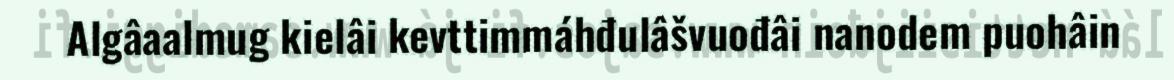
Algâaalmug kielâi kevttimmáhđulâšvuođâi nanodem puohâin